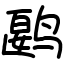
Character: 𬸘